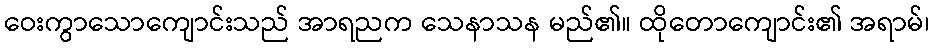
ဝေးကွာသောကျောင်းသည် အာရညက သေနာသန မည်၏။ ထိုတောကျောင်း၏ အရာမ်၊